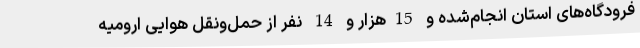
فرودگاه‌های استان انجام‌شده و 15هزار و 14 نفر از حمل‌ونقل هوایی ارومیه